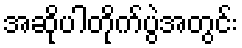
အဆိုပါတိုက်ပွဲအတွင်း